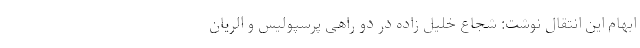
ابهام این انتقال نوشت: شجاع خلیل زاده در دو راهی پرسپولیس و الریان